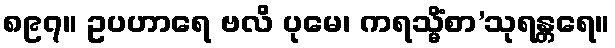
၈၉၇။ ဥပဟာရေ ဗလိ ပုမေ၊ ကရသ္မိံစာ’သုရန္တရေ။